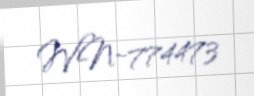
WN-774473